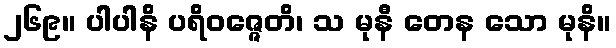
၂၆၉။ ပါပါနိ ပရိဝဇ္ဇေတိ၊ သ မုနီ တေန သော မုနိ။